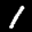
Label: 1